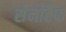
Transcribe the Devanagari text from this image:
सेनोटैफ